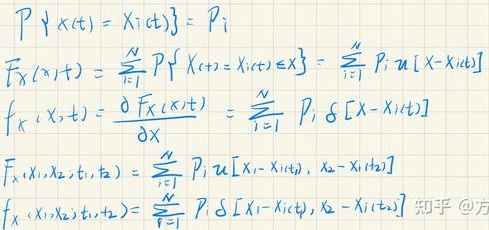
$P\{X(t)=X_i(t)\}=P_i$

$F_X(x,t)=\sum_{i = 1}^{N}P_iP\{X_i(t)\leq x\}=\sum_{i = 1}^{N}P_iu[x - X_i(t)]$

$f_X(x,t)=\frac{\partial F_X(x,t)}{\partial x}=\sum_{i = 1}^{N}P_i\delta[x - X_i(t)]$

$F_{X_1,X_2}(x_1,x_2,t_1,t_2)=\sum_{i = 1}^{N}P_iu[x_1 - X_i(t_1),x_2 - X_i(t_2)]$

$f_{X_1,X_2}(x_1,x_2,t_1,t_2)=\sum_{i = 1}^{N}P_i\delta[x_1 - X_i(t_1),x_2 - X_i(t_2)]$

知乎@方